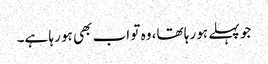
جو پہلے ہو رہا تھا، وہ تو اب بھی ہو رہا ہے۔